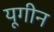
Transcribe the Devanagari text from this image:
यूगीन